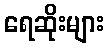
ရေဆိုးများ